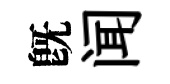
旣闻